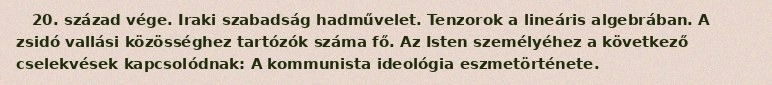
20. század vége. Iraki szabadság hadművelet. Tenzorok a lineáris algebrában. A zsidó vallási közösséghez tartózók száma fő. Az Isten személyéhez a következő cselekvések kapcsolódnak: A kommunista ideológia eszmetörténete.